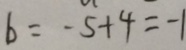
b = - 5 + 4 = - 1